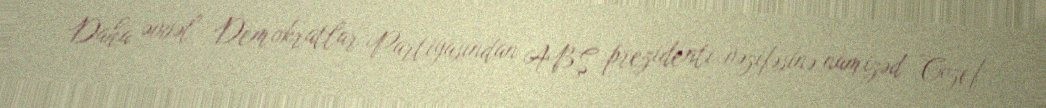
Daha əvvəl Demokratlar Partiyasından ABŞ prezidenti vəzifəsinə namizəd Cozef